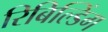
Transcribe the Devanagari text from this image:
रिबिल्डिंग